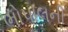
ભોપાલની